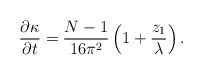
\begin{align*}\frac{\partial\kappa}{\partial t} =\frac{N-1}{16\pi^2}\left(1+\frac{z_1}{\lambda}\right).\end{align*}